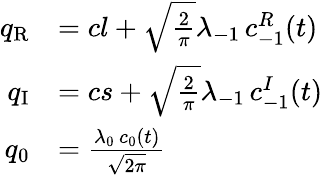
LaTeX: \begin{array}{rl}{q_{\mathrm{{R}}}}&{=cl+\sqrt{\frac{2}{\pi}}\lambda_{\mathrm{-}1}\, c_{\mathrm{-}1}^{R}(t)}\\ {q_{\mathrm{{I}}}}&{=cs+\sqrt{\frac{2}{\pi}}\lambda_{\mathrm{-}1}\, c_{\mathrm{-}1}^{I}(t)}\\ {q_{0}}&{=\frac{\lambda_{0}\, c_{0}(t)}{\sqrt{2\pi}}}\end{array}